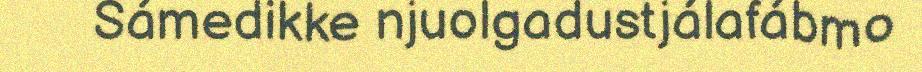
Sámedikke njuolgadustjálafábmo